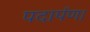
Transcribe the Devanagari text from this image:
पदार्पण।